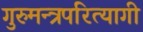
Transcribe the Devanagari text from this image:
गुरुमन्त्रपरित्यागी